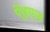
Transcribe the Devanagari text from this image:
ऐंड्रय्‌ज